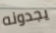
يجدونه